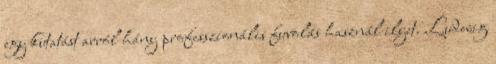
egy kutatást arról hány professzionális fuvolás használ ilyet. Ludwig